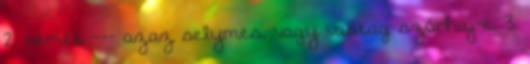
2. nemét --- azaz selymes, vagy vastag szőrhaj-e, 3.